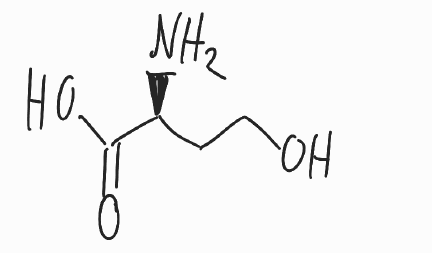
Simplified molecular-input line-entry system (SMILES) notation of the given molecule:
C(CO)[C@@H](C(=O)O)N